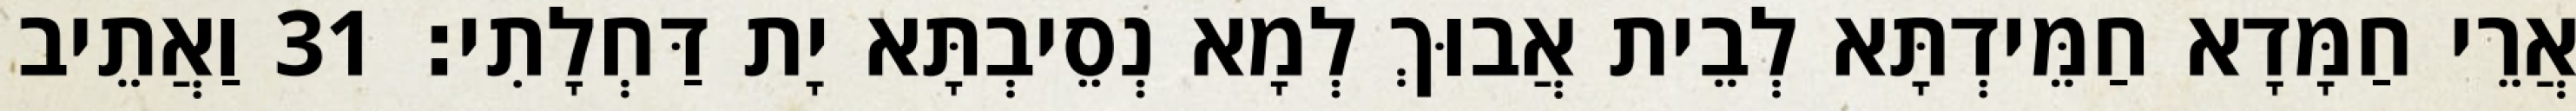
אֲרֵי חַמָּדָא חַמֵּידְתָּא לְבֵית אֲבוּךְ לְמָא נְסֵיבְתָּא יָת דַּחְלָתִי׃ 31 וַאֲתֵיב